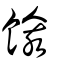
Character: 餩